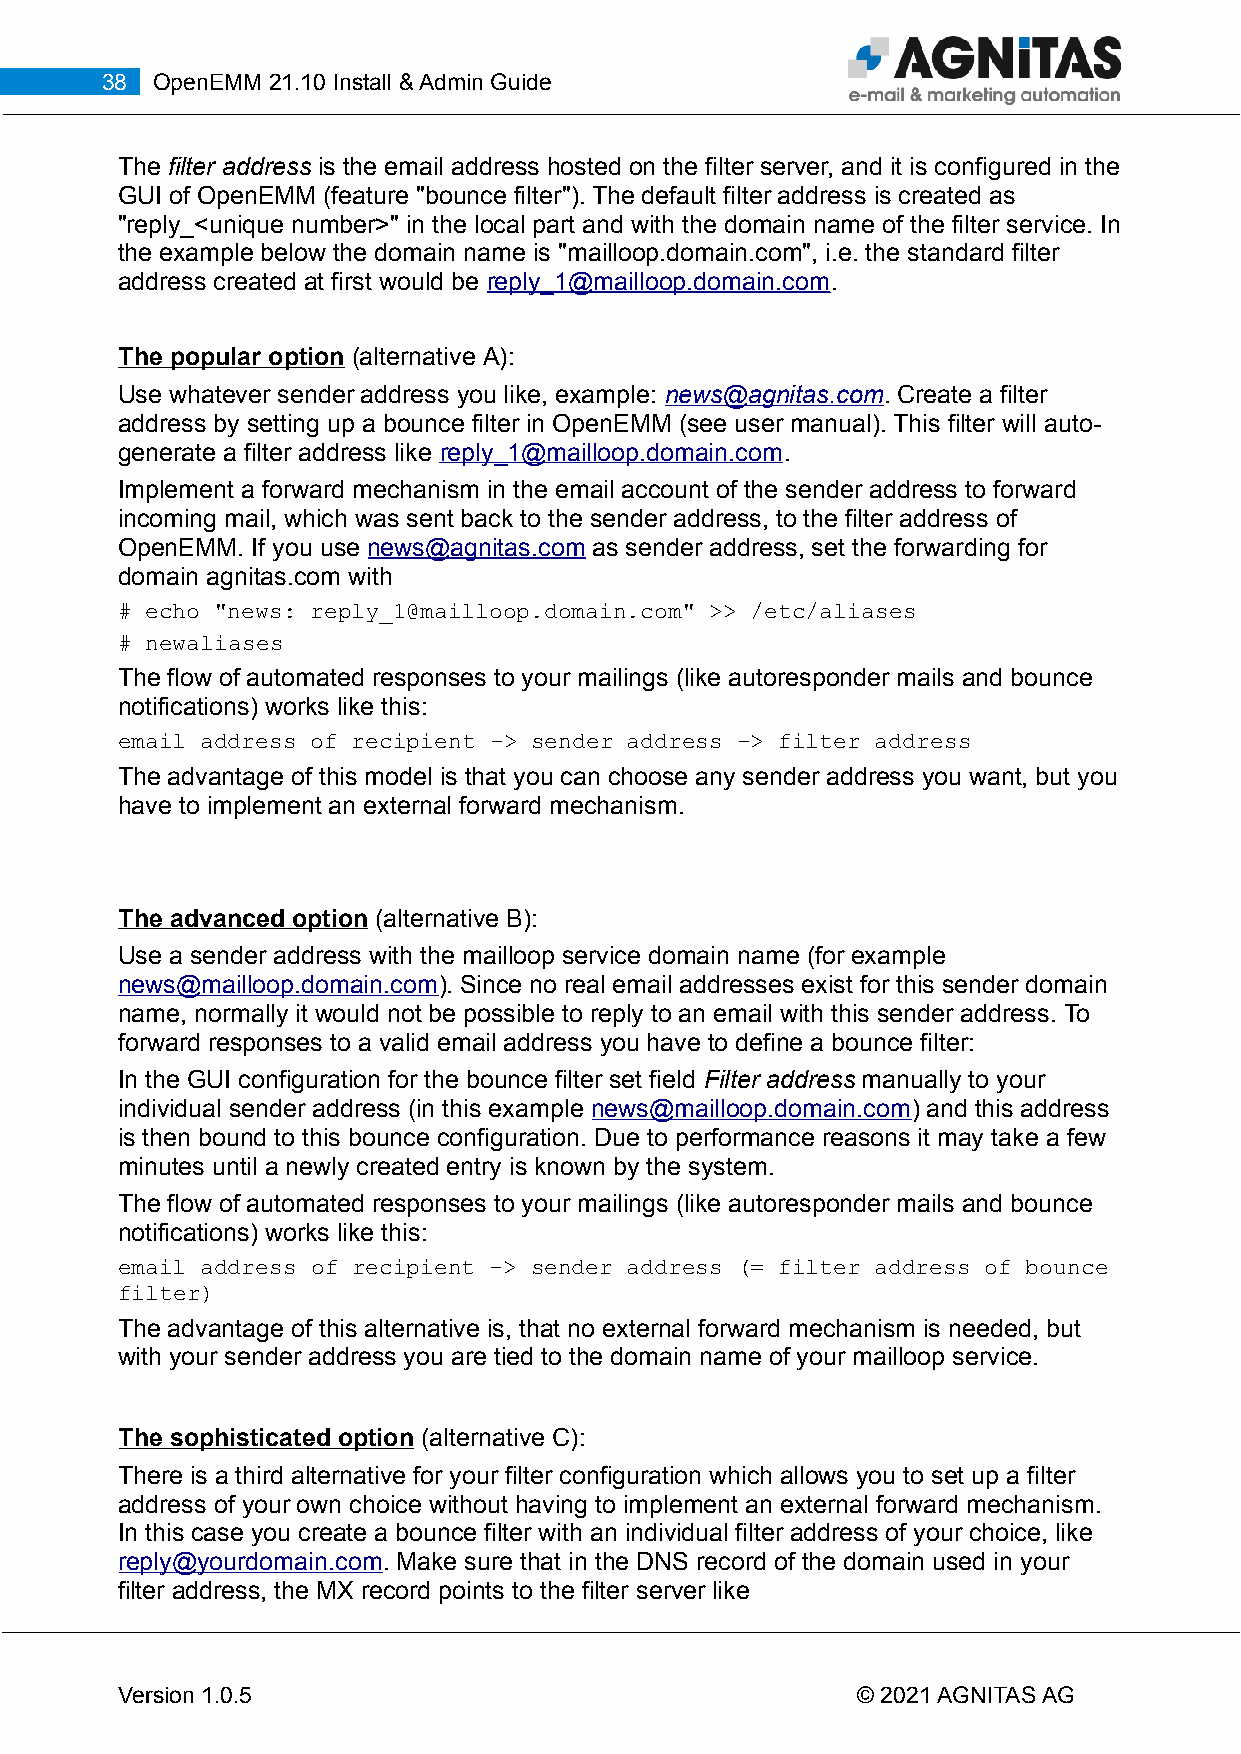
38 OpenEMM 21.10 Install & Admin Guide
 The filter address is the email address hosted on the filter server, and it is configured in the
 GUI of OpenEMM (feature "bounce filter"). The default filter address is created as
 "reply_<unique number>" in the local part and with the domain name of the filter service. In
 the example below the domain name is "mailloop.domain.com", i.e. the standard filter
 address created at first would be reply_1@mailloop.domain.com.
 The popular option (alternative A):
 Use whatever sender address you like, example: news@agnitas.com. Create a filter
 address by setting up a bounce filter in OpenEMM (see user manual). This filter will auto-
 generate a filter address like reply _1@mailloop.domain.com .
 Implement a forward mechanism in the email account of the sender address to forward
 incoming mail, which was sent back to the sender address, to the filter address of
 OpenEMM. If you use news@agnitas.com as sender address, set the forwarding for
 domain agnitas.com with
 # echo "news: reply_1@mailloop.domain.com" >> /etc/aliases
 # newaliases
 The flow of automated responses to your mailings (like autoresponder mails and bounce
 notifications) works like this:
 email address of recipient -> sender address -> filter address
 The advantage of this model is that you can choose any sender address you want, but you
 have to implement an external forward mechanism.
 The advanced option (alternative B):
 Use a sender address with the mailloop service domain name (for example
 news@mailloop.domain.com). Since no real email addresses exist for this sender domain
 name, normally it would not be possible to reply to an email with this sender address. To
 forward responses to a valid email address you have to define a bounce filter:
 In the GUI configuration for the bounce filter set field Filter address manually to your
 individual sender address (in this example news@mailloop.domain.com) and this address
 is then bound to this bounce configuration. Due to performance reasons it may take a few
 minutes until a newly created entry is known by the system.
 The flow of automated responses to your mailings (like autoresponder mails and bounce
 notifications) works like this:
 email address of recipient -> sender address (= filter address of bounce
 filter)
 The advantage of this alternative is, that no external forward mechanism is needed, but
 with your sender address you are tied to the domain name of your mailloop service.
 The sophisticated option (alternative C):
 There is a third alternative for your filter configuration which allows you to set up a filter
 address of your own choice without having to implement an external forward mechanism.
 In this case you create a bounce filter with an individual filter address of your choice, like
 reply@yourdomain.com. Make sure that in the DNS record of the domain used in your
 filter address, the MX record points to the filter server like
 Version 1.0.5                                    © 2021 AGNITAS AG